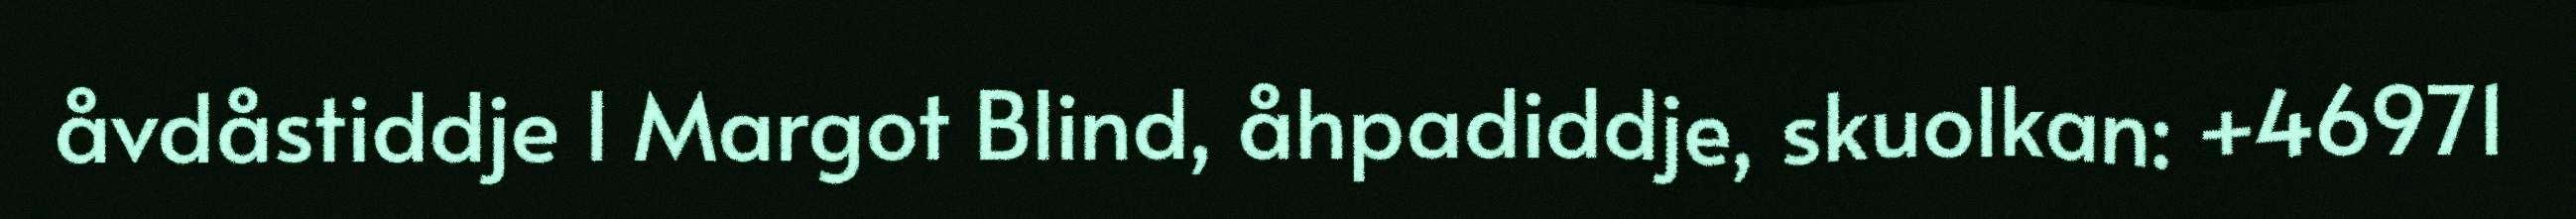
åvdåstiddje l Margot Blind, åhpadiddje, skuolkan: +46971